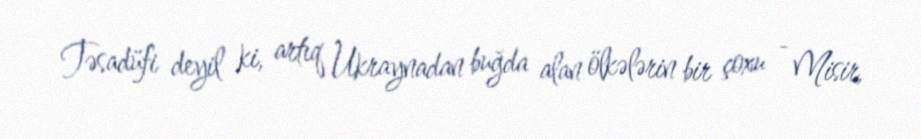
Təsadüfi deyil ki, artıq Ukraynadan buğda alan ölkələrin bir çoxu - Misir,